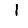
Digit: 1